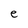
Character: e